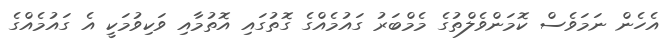
އެހެން ނަމަވެސް ކޮމަންވެލްތުގެ މެމްބަރު ގައުމެއްގެ ގޮތުގައި އޮތުމާއި ވަކިވުމަކީ އެ ގައުމެއްގެ